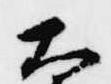
大